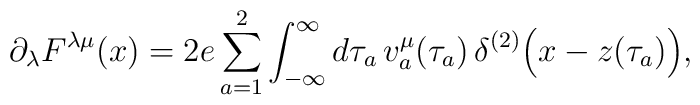
\partial_\lambda F^{\lambda\mu}(x)=2e \sum_{a=1}^2\int_{-\infty}^\infty d\tau_a\,{v}^\mu_a(\tau_a)\,\delta^{(2)}\Bigl(x-z(\tau_a)\Bigr),